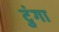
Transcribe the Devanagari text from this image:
टुंगा